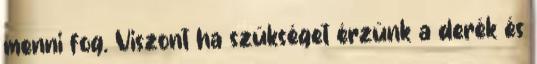
menni fog. Viszont ha szükséget érzünk a derék és